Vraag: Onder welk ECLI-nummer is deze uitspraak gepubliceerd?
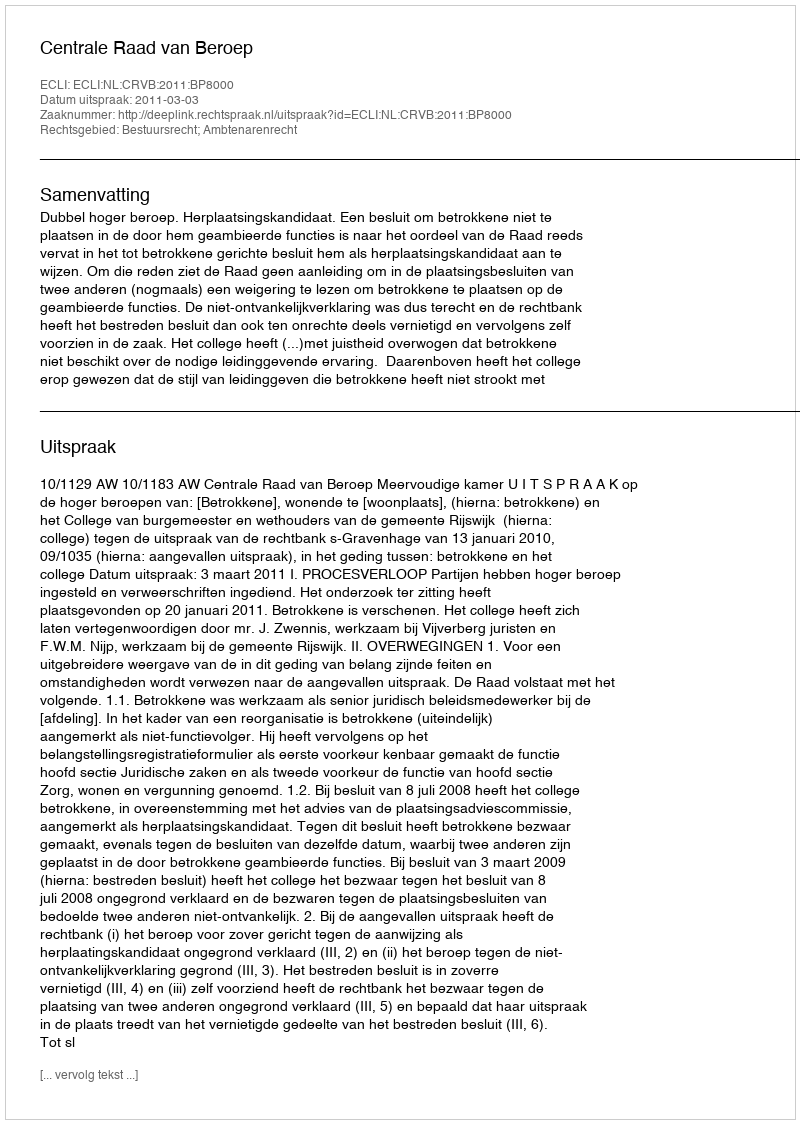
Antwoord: ECLI:NL:CRVB:2011:BP8000